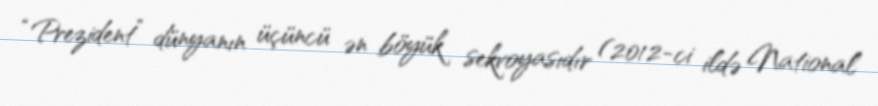
“Prezident” dünyanın üçüncü ən böyük sekvoyasıdır (2012-ci ildə National